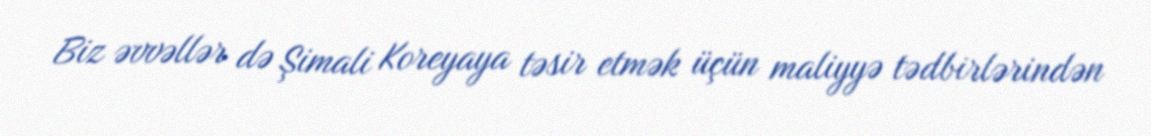
Biz əvvəllər də Şimali Koreyaya təsir etmək üçün maliyyə tədbirlərindən